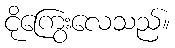
ငိုကြွေးလေသည်။